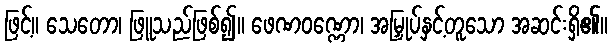
ဖြင့်။ သေတော၊ ဖြူသည်ဖြစ်၍။ ဖေဏဝဏ္ဏော၊ အမြှုပ်နှင့်တူသော အဆင်းရှိ၏။